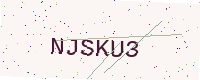
Text: NJSKU3